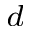
^ d